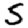
Digit: 5